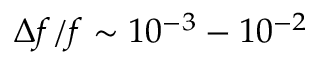
\Delta { f } / f \sim 1 0 ^ { - 3 } - 1 0 ^ { - 2 }